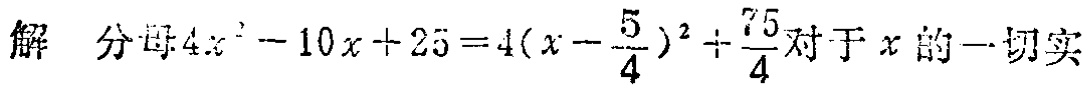
解 分母\(4x^{2}-10x + 25 = 4(x-\frac{5}{4})^{2}+\frac{75}{4}\)对于\(x\)的一切实